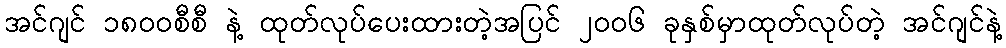
အင်ဂျင် ၁၈၀၀စီစီ နဲ့ ထုတ်လုပ်ပေးထားတဲ့အပြင် ၂၀၀၆ ခုနှစ်မှာထုတ်လုပ်တဲ့ အင်ဂျင်နဲ့